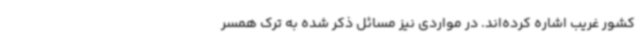
کشور غریب اشاره کرده‌اند. در مواردی نیز مسائل ذکر شده به ترک همسر